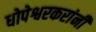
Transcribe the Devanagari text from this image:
धोपेश्वरकरांनी